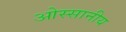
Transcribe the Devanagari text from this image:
ओस्सानीय